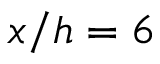
x / h = 6